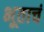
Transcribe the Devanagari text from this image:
भूताचं